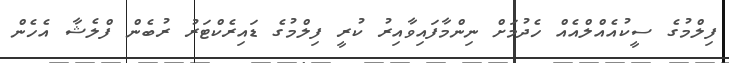
ފިލްމުގެ ސީކުއެއްލްއެއް ހެދުމަށް ނިންމާފައިވާއިރު ކުރީ ފިލްމުގެ ޑައިރެކްޓަރު ރުބެން ފްލެޝާ އެހެން